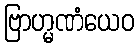
ဗြာဟ္မဏံယေဝ